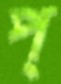
প্